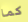
كما